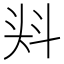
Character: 𭑎